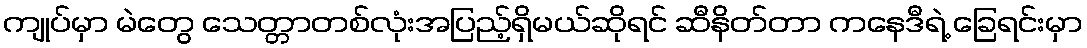
ကျုပ်မှာ မဲတွေ သေတ္တာတစ်လုံးအပြည့်ရှိမယ်ဆိုရင် ဆီနိတ်တာ ကနေဒီရဲ့ ခြေရင်းမှာ